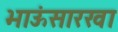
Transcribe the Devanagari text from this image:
भाऊंसारखा